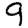
Digit: 9